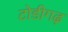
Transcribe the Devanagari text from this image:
टोडीगढ़